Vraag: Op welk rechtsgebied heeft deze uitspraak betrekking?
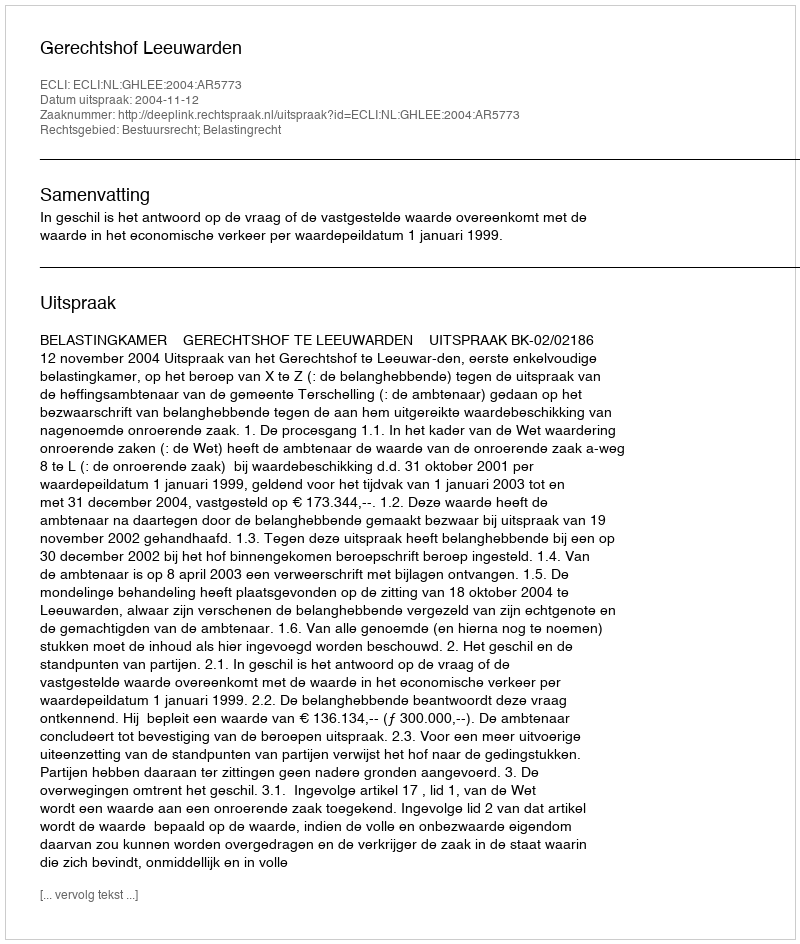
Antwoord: Bestuursrecht; Belastingrecht